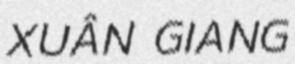
XUÂN GIANG